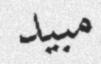
مبيد